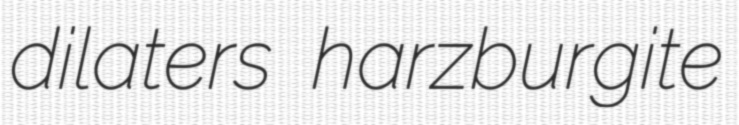
dilaters harzburgite